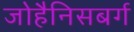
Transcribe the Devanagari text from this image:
जोहैनिसबर्ग